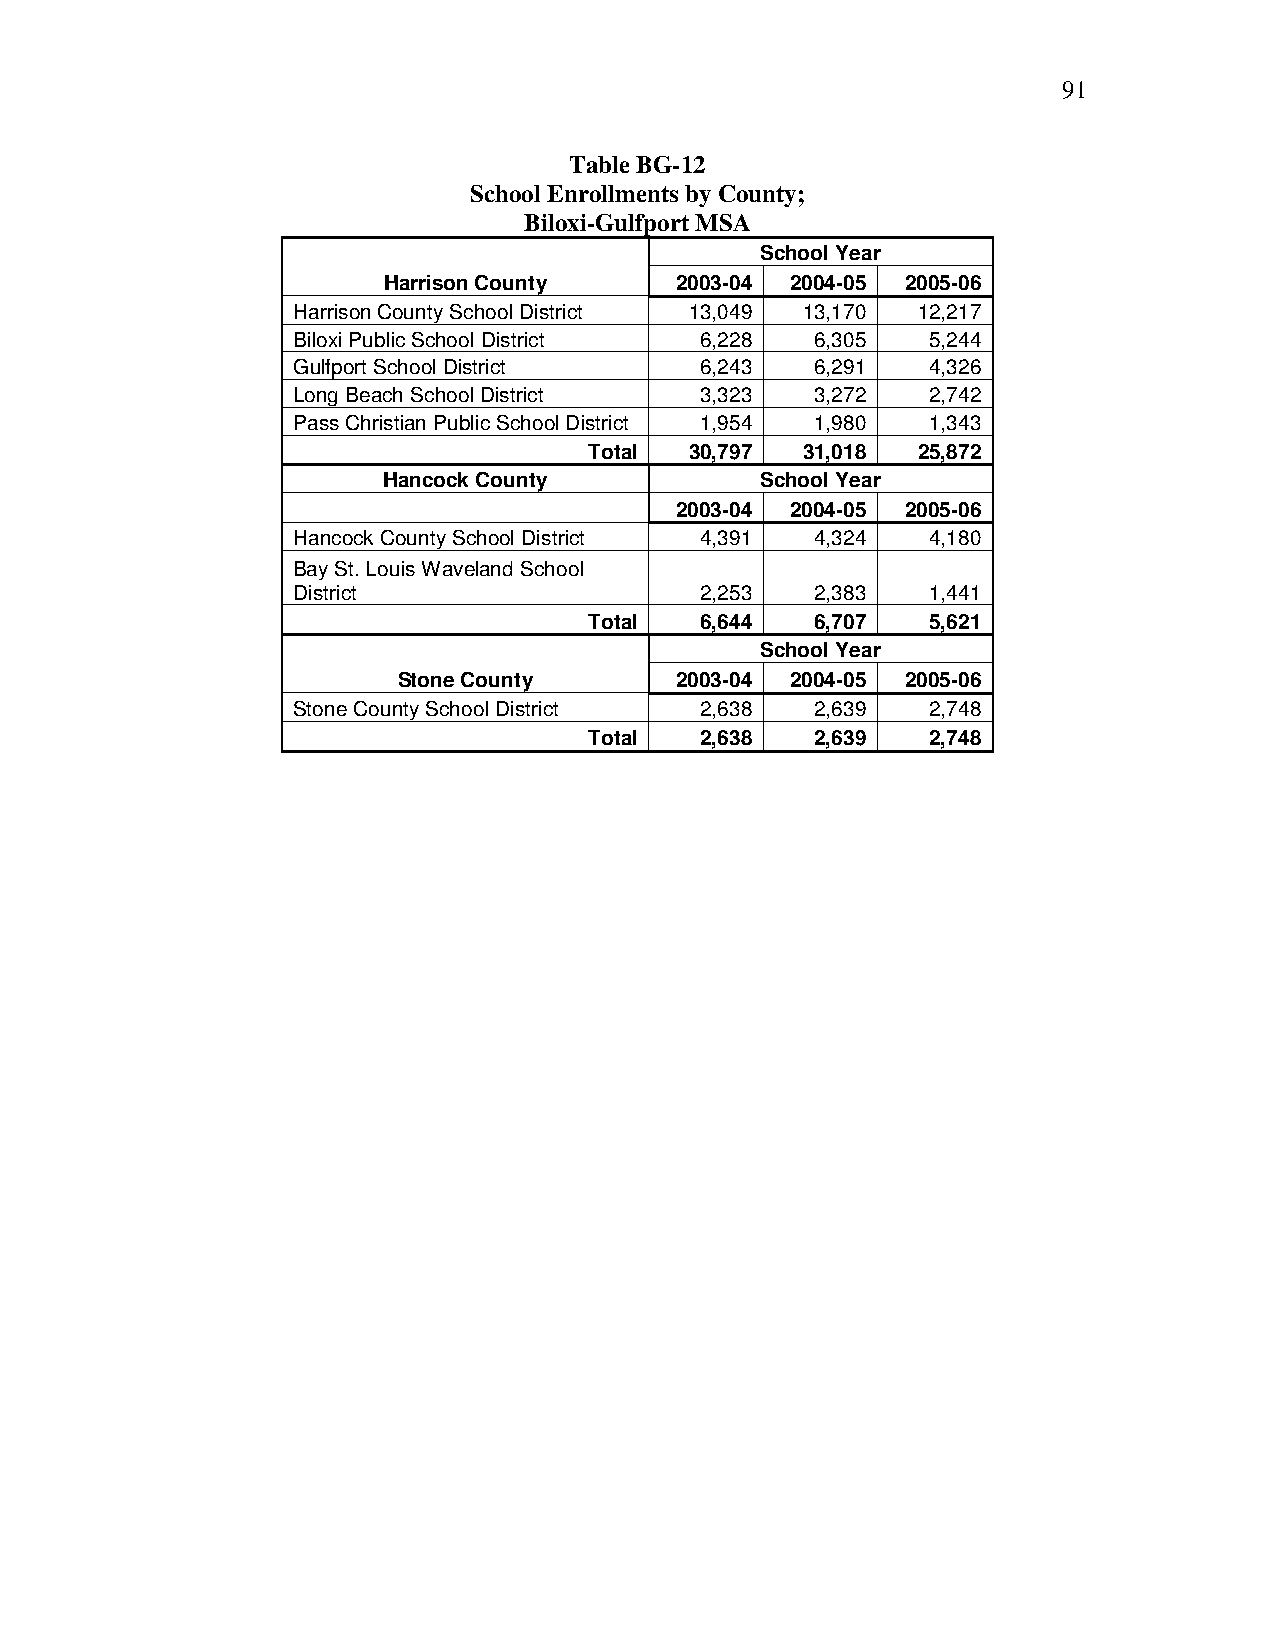
91
 Table BG-12
 School Enrollments by County;
 Biloxi-Gulfport MSA
 School Year
 Harrison County     2003-04 2004-05 2005-06
 Harrison County School District 13,049 13,170 12,217
 Biloxi Public School District 6,228 6,305  5,244
 Gulfport School District   6,243   6,291   4,326
 Long Beach School District 3,323   3,272   2,742
 Pass Christian Public School District 1,954 1,980 1,343
 Total  30,797 31,018  25,872
 Hancock County           School Year
 2003-04 2004-05 2005-06
 Hancock County School District 4,391 4,324 4,180
 Bay St. Louis Waveland School
 District                   2,253   2,383   1,441
 Total  6,644   6,707   5,621
 School Year
 Stone County       2003-04 2004-05 2005-06
 Stone County School District 2,638 2,639   2,748
 Total  2,638   2,639   2,748